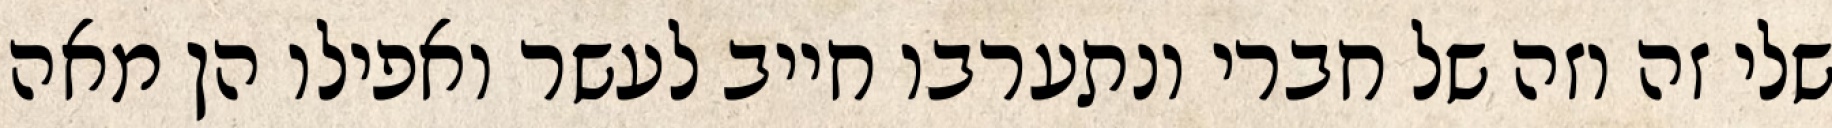
שלי זה וזה של חברי ונתערבו חייב לעשר ואפילו הן מאה